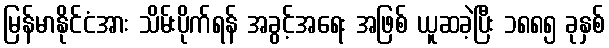
မြန်မာနိုင်ငံအား သိမ်းပိုက်ရန် အခွင့်အရေး အဖြစ် ယူဆခဲ့ပြီး ၁၈၈၅ ခုနှစ်